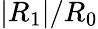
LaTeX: |R_{1}|/R_{0}